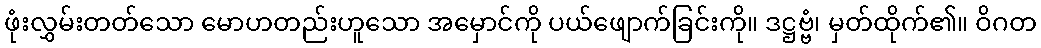
ဖုံးလွှမ်းတတ်သော မောဟတည်းဟူသော အမှောင်ကို ပယ်ဖျောက်ခြင်းကို။ ဒဋ္ဌဗ္ဗံ၊ မှတ်ထိုက်၏။ ဝိဂတ